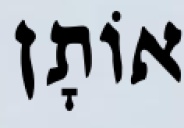
אוֹתָן